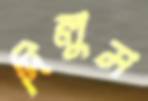
দিলুম